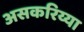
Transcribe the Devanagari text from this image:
असकरिय्या